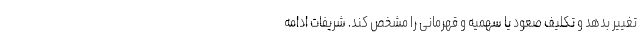
تغییر بدهد و تکلیف صعود یا سهمیه و قهرمانی را مشخص کند. شریفات ادامه